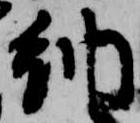
納